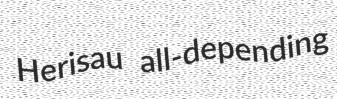
Herisau all-depending